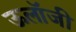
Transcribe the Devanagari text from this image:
ऊलॉजी